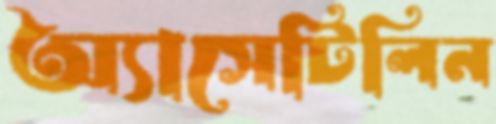
অ্যাসেটিলিন